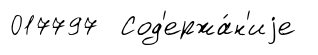
017797 Сод'ержа́н'иjе